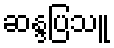
ဆန္ဒပြသူ